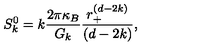
S _ { k } ^ { 0 } = k \frac { 2 \pi \kappa _ { B } } { G _ { k } } \frac { r _ { + } ^ { ( d - 2 k ) } } { ( d - 2 k ) } ,